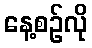
နေ့စဉ်လို